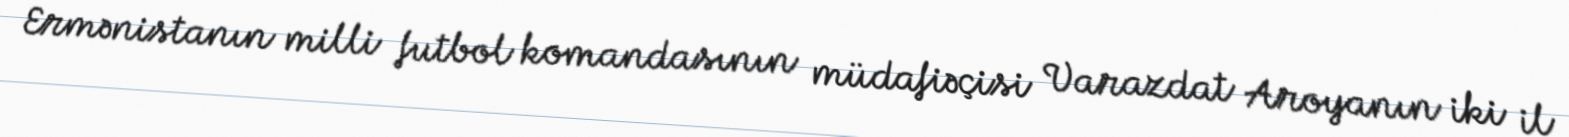
Ermənistanın milli futbol komandasının müdafiəçisi Varazdat Aroyanın iki il